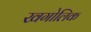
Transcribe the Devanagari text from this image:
खगोलिक